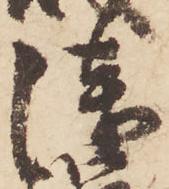
浅